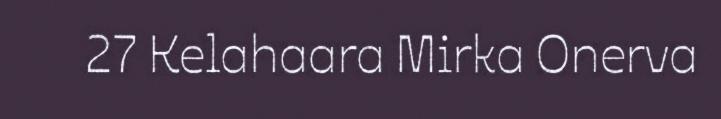
27 Kelahaara Mirka Onerva